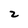
Character: 2